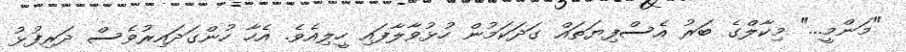
"މަންމީ..." މިކާލްގެ ބަރު އެސްފިޔަތައް ގަދަކަމުން ހުޅުވާލާފައި ހީލިއެވެ. އެހާ ހުންގަދައިރުވެސް ދަރިފުޅު